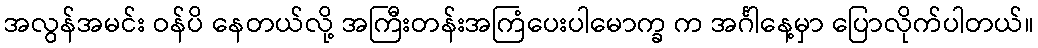
အလွန်အမင်း ဝန်ပိ နေတယ်လို့ အကြီးတန်းအကြံပေးပါမောက္ခ က အင်္ဂါနေ့မှာ ပြောလိုက်ပါတယ်။